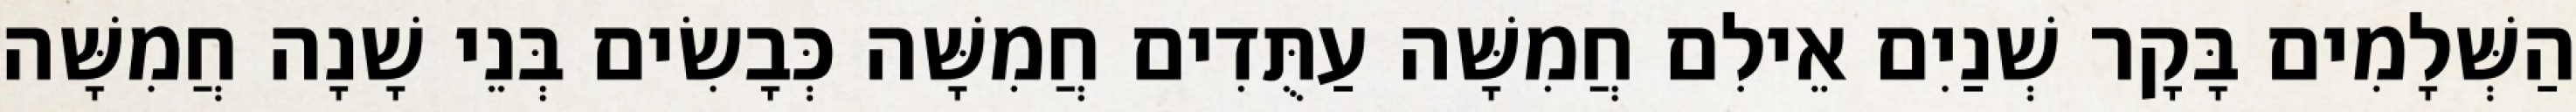
הַשְּׁלָמִים בָּקָר שְׁנַיִם אֵילִם חֲמִשָּׁה עַתֻּדִים חֲמִשָּׁה כְּבָשִׂים בְּנֵי שָׁנָה חֲמִשָּׁה